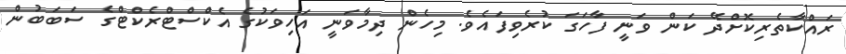
ރައްކާތެރިކޮށްދޭ ކަން ވަނީ ފާހަގަ ކުރެވިފައެވެ. މިހެން ދިމާވަނީ އަހިވަކުގެ އެކްސްޓްރެކްޓްގެ ސަބަބުން